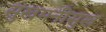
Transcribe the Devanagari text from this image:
सुखमनीसुख